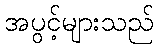
အပွင့်များသည်